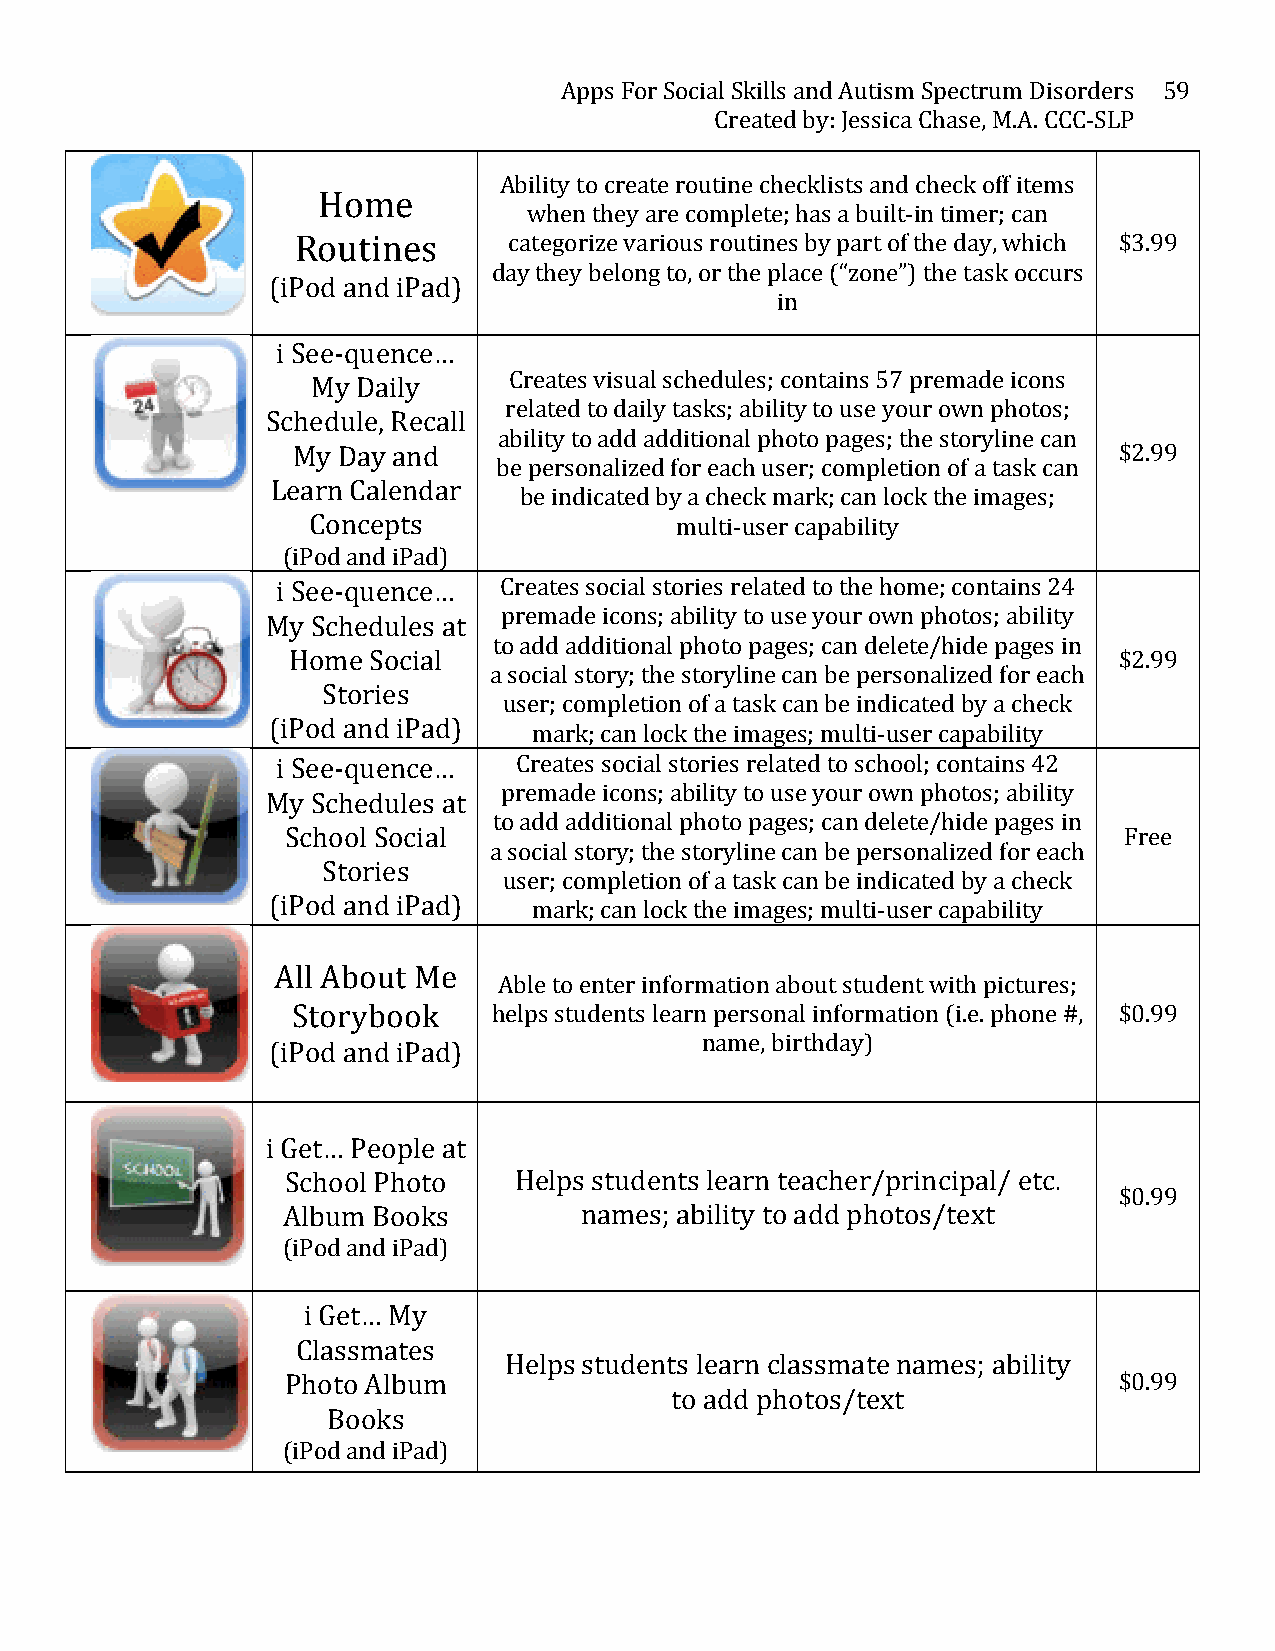
Apps For Social Skills and Autism Spectrum Disorders 59
 Created by: Jessica Chase, M.A. CCC-­‐SLP
 Ability to create routine checklists and check off items
 Home
 when they are complete; has a built-­‐in timer; can
 Routines      categorize various routines by part of the day, which $3.99
 day they belong to, or the place (“zone”) the task occurs
 (iPod and iPad)
 in
 i See-­‐quence…
 Creates visual schedules; contains 57 premade icons
 My Daily
 related to daily tasks; ability to use your own photos;
 Schedule, Recall
 ability to add additional photo pages; the storyline can
 My Day and                                             $2.99
 be personalized for each user; completion of a task can
 Learn Calendar
 be indicated by a check mark; can lock the images;
 Concepts                 multi-­‐user capability
 (iPod and iPad)
 i See-­‐quence… Creates social stories related to the home; contains 24
 premade icons; ability to use your own photos; ability
 My Schedules at
 to add additional photo pages; can delete/hide pages in
 Home Social                                            $2.99
 a social story; the storyline can be personalized for each
 Stories
 user; completion of a task can be indicated by a check
 (iPod and iPad)
 mark; can lock the images; multi-­‐user capability
 i See-­‐quence… Creates social stories related to school; contains 42
 premade icons; ability to use your own photos; ability
 My Schedules at
 to add additional photo pages; can delete/hide pages in
 School Social                                          Free
 a social story; the storyline can be personalized for each
 Stories
 user; completion of a task can be indicated by a check
 (iPod and iPad)  mark; can lock the images; multi-­‐user capability
 All About Me
 Able to enter information about student with pictures;
 Storybook     helps students learn personal information (i.e. phone #, $0.99
 name, birthday)
 (iPod and iPad)
 i Get… People at
 School Photo   Helps students learn teacher/principal/ etc.
 $0.99
 Album Books        names; ability to add photos/text
 (iPod and iPad)
 i Get… My
 Classmates
 Helps students learn classmate names; ability
 Photo Album                                            $0.99
 to add photos/text
 Books
 (iPod and iPad)